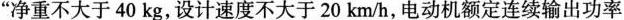
“净重不大于40kg，设计速度不大于20km/h，电动机额定连续输出功率